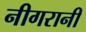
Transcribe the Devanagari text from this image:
नीगरानी